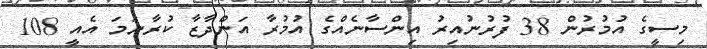
މިސީގެ އުމުރުން 38 ފުރުނުއިރު އިންސާނެއްގެ އުމުރާ އަންދާޒާ ކުރާނަމަ އެއީ 108